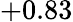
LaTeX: +0.83